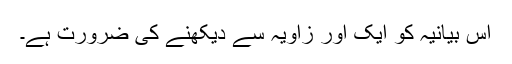
اس بیانیہ کو ایک اور زاویہ سے دیکھنے کی ضرورت ہے۔